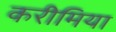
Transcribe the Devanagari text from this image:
करीमिया